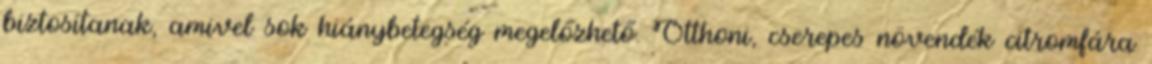
biztosítanak, amivel sok hiánybetegség megelőzhető. Otthoni, cserepes növendék citromfára